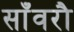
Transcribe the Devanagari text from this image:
साँवरौ